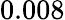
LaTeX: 0.008